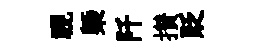
视槩阡攅貶